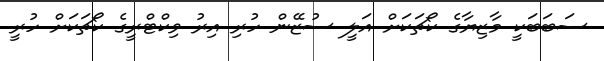
ސަބަބަކީ މާޒިޔާގެ ކޯޗަކަށް އަލީ ސުޒޭން ހުރި އިރު ވިކްޓްރީގެ ކޯޗަކަށް ހުރީ